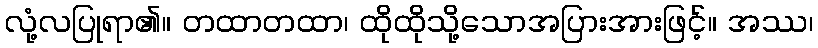
လုံ့လပြုရာ၏။ တထာတထာ၊ ထိုထိုသို့သောအပြားအားဖြင့်။ အဿ၊